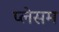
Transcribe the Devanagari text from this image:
प्लेसम